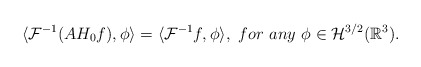
\begin{align*} \langle \mathcal{F}^{-1}(AH_{0}f), \phi \rangle = \langle \mathcal{F}^{-1}f, \phi \rangle,\ for\ any\ \phi \in \mathcal{H}^{3/2}(\mathbb{R}^{3}).\end{align*}